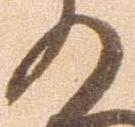
の